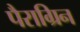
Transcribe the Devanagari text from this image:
पैराग्रिन